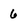
Character: 6